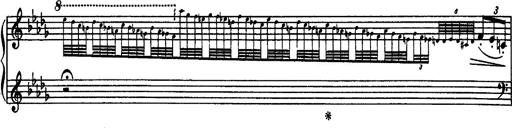
Title: Paraphrase de concert sur Rigoletto
Composer: Franz Liszt